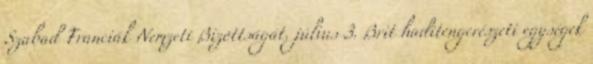
Szabad Franciák Nemzeti Bizottságát. július 3. Brit haditengerészeti egységek